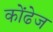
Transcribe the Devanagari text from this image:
कोंढेज